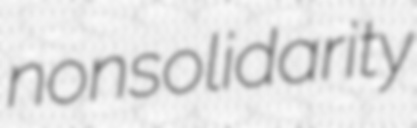
nonsolidarity